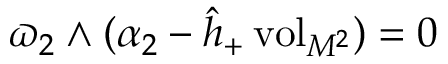
\varpi _ { 2 } \wedge ( \alpha _ { 2 } - \hat { h } _ { + } \, \mathrm { v o l } _ { M ^ { 2 } } ) = 0